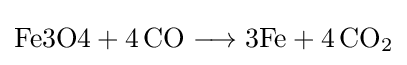
{{\text{Fe3O4}}{}+{}4\,\mathrm {CO} {}\mathrel {\longrightarrow } {}{\text{3Fe}}{}+{}4\,\mathrm {CO} {\vphantom {A}}_{\smash[{t}]{2}}}